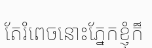
តែរំពេចនោះភ្នែកខ្ញុំក៏